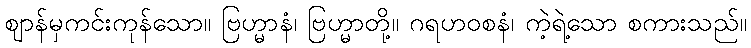
ဈာန်မှကင်းကုန်သော။ ဗြဟ္မာနံ၊ ဗြဟ္မာတို့။ ဂရဟဝစနံ၊ ကဲ့ရဲ့သော စကားသည်။